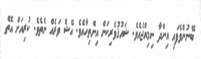
ބޭނުންވެފައި އިންދާ ނިމިއްޖެއެވެ. ޝައުޤުވެރިކަން އިންތިހާއެވެ. އޭޝް ވަރެއް ނެތެވެ. ކުރިއަށް އޮތް